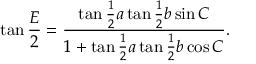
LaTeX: \tan { \frac { E } { 2 } } = { \frac { \tan { \frac { 1 } { 2 } } a \tan { \frac { 1 } { 2 } } b \sin C } { 1 + \tan { \frac { 1 } { 2 } } a \tan { \frac { 1 } { 2 } } b \cos C } } .